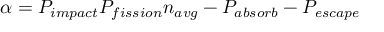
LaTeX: \alpha = P _ { i m p a c t } P _ { f i s s i o n } n _ { a v g } - P _ { a b s o r b } - P _ { e s c a p e }